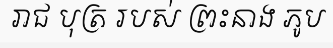
រាជ បុត្រ របស់ ព្រះនាង ភូប